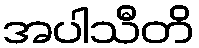
အပါသီတိ